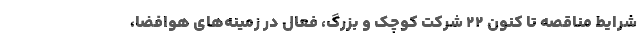
شرایط مناقصه تا کنون ۲۲ شرکت کوچک و بزرگ، فعال در زمینه‌های هوافضا،